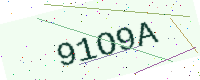
Text: 91O9A